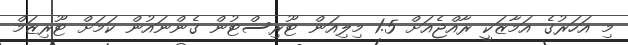
މި އަހަރުގެ އަމާޒަކީ ރާއްޖެއަށް 1.5 މިލިއަން ޓޫރިސްޓުން ގެންނައުން ކަމަށް ޓޫރިޒަމް